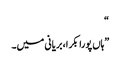
“
”ہاں پورا بکرا، بریانی میں۔